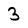
Character: 3